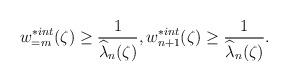
LaTeX: \begin{align*} w_{=m}^{\ast int}(\zeta)\geq \frac{1}{\widehat{\lambda}_{n}(\zeta)}, w_{n+1}^{\ast int}(\zeta)\geq \frac{1}{\widehat{\lambda}_{n}(\zeta)}.\end{align*}